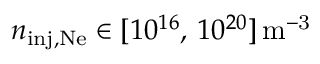
n _ { \mathrm { i n j , N e } } \in [ 1 0 ^ { 1 6 } , \, 1 0 ^ { 2 0 } ] \, \mathrm { m ^ { - 3 } }